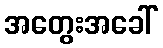
အတွေးအခေါ်